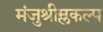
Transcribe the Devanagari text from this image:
मंजुश्रीम्लकल्प